Report of the Indian Hemp Drugs Commission, 1894-1895 - Volume VI
Year: 1894
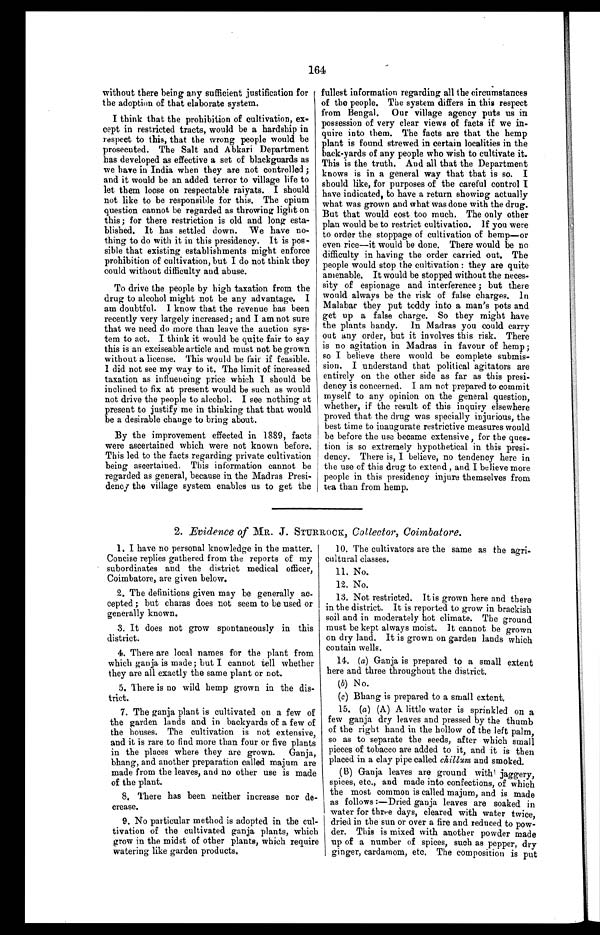
164
without there being any sufficient justification for
the adoption of that elaborate system.
I think that the prohibition of cultivation, ex-
cept in restricted tracts, would be a hardship in
respect to this, that the wrong people would be
prosecuted. The Salt and Abkari Department
has developed as effective a set of blackguards as
we have in India when they are not controlled ;
and it would be an added terror to village life to
let them loose on respectable raiyats. I should
not like to be responsible for this. The opium
question cannot be regarded as throwing light on
this; for there restriction is old and long esta-
blished. It has settled down. We have no-
thing to do with it in this presidency. It is pos-
sible that existing establishments might enforce
prohibition of cultivation, but I do not think they
could without difficulty and abuse.
To drive the people by high taxation from the
drug to alcohol might not be any advantage. I
am doubtful. I know that the revenue has been
recently very largely increased; and I am not sure
that we need do more than leave the auction sys-
tem to act. I think it would be quite fair to say
this is an exciseable article and must not be grown
without a license. This would be fair if feasible.
I did not see my way to it. The limit of increased
taxation as influencing price which I should be
inclined to fix at present would be such as would
not drive the people to alcohol. I see nothing at
present to justify me in thinking that that would
be a desirable change to bring about.
By the improvement effected in 1889, facts
were ascertained which were not known before.
This led to the facts regarding private cultivation
being ascertained. This information cannot be
regarded as general, because in the Madras Presi-
dency the village system enables us to get the
fullest information regarding all the circumstances
of the people. The system differs in this respect
from Bengal. Our village agency puts us in
possession of very clear views of facts if we in-
quire into them. The facts are that the hemp
plant is found strewed in certain localities in the
back-yards of any people who wish to cultivate it.
This is the truth. And all that the Department
knows is in a general way that that is so. I
should like, for purposes of the careful control I
have indicated, to have a return showing actually
what was grown and what was done with the drug.
But that would cost too much. The only other
plan would be to restrict cultivation. If you were
to order the stoppage of cultivation of hemp—or
even rice—it would be done. There would be no
difficulty in having the order carried out. The
people would stop the cultivation : they are quite
amenable. It would be stopped without the neces-
sity of espionage and interference ; but there
would always be the risk of false charges. In
Malabar they put toddy into a man's pots and
get up a false charge. So they might have
the plants handy. In Madras you could carry
out any order, but it involves this risk. There
is no agitation in Madras in favour of hemp ;
so I believe there would be complete submis-
sion. I understand that political agitators are
entirely on the other side as far as this presi-
dency is concerned. I am not prepared to commit
myself to any opinion on the general question,
whether, if the result of this inquiry elsewhere
proved that the drug was specially injurious, the
best time to inaugurate restrictive measures would
be before the use became extensive, for the ques-
tion is so extremely hypothetical in this presi-
dency. There is, I believe, no tendency here in
the use of this drug to extend, and I believe more
people in this presidency injure themselves from
tea than from hemp.
2. Evidence of MR. J. STURROCK, Collector, Coimbatore.
1. I have no personal knowledge in the matter.
Concise replies gathered from the reports of my
subordinates and the district medical officer,
Coimbatore, are given below.
2. The definitions given may be generally ac-
cepted ; but charas does not seem to be used or
generally known.
3. It does not grow spontaneously in this
district.
4. There are local names for the plant from
which ganja is made; but I cannot tell whether
they are all exactly the same plant or not.
5. There is no wild hemp grown in the dis-
trict.
7. The ganja plant is cultivated on a few of
the garden lands and in backyards of a few of
the houses. The cultivation is not extensive,
and it is rare to find more than four or five plants
in the places where they are grown. Ganja,
bhang, and another preparation called majum are
made from the leaves, and no other use is made
of the plant.
8. There has been neither increase nor de-
crease.
9. No particular method is adopted in the cul-
tivation of the cultivated ganja plants, which
grow in the midst of other plants, which require
watering like garden products.
10. The cultivators are the same as the agri-
cultural classes.
11. No.
12. No.
13, Not restricted. It is grown here and there
in the district. It is reported to grow in brackish
soil and in moderately hot climate. The ground
must be kept always moist. It cannot be grown
on dry land. It is grown on garden lands which
contain wells.
14. (a) Ganja is prepared to a small extent
here and three throughout the district.
(b) No.
(c) Bhang is prepared to a small extent.
15. (a) (A) A little water is sprinkled on a
few ganja dry leaves and pressed by the thumb
of the right hand in the hollow of the left palm,
so as to separate the seeds, after which small
pieces of tobacco are added to it, and it is then
placed in a clay pipe called chillum and smoked.
(B) Ganja leaves are ground with jaggery,
spices, etc., and made into confections, of which
the most common is called majum, and is made
as follows :—Dried ganja leaves are soaked in
water for three days, cleared with water twice,
dried in the sun or over a fire and reduced to pow-
der. This is mixed with another powder made
up of a number of spices, such as pepper, dry
ginger, cardamom, etc. The composition is put